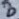
Text: 8